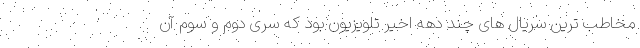
مخاطب ترین سریال های چند دهه اخیر تلویزیون بود که سری دوم و سوم آن